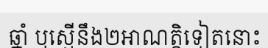
ឆ្នាំ ឬស្មើនឹង២អាណត្តិទៀតនោះ